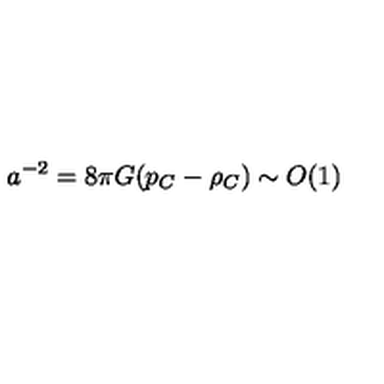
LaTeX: a ^ { - 2 } = 8 \pi G ( p _ { C } - \rho _ { C } ) \sim O ( 1 )